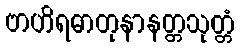
ဗာဟိရဓာတုနာနတ္တသုတ္တံ